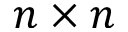
n \times n